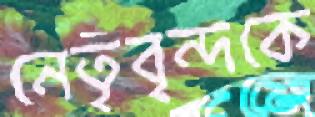
নেতৃবৃন্দকে